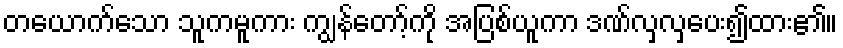
တယောက်သော သူကမူကား ကျွန်တော့်ကို အပြစ်ယူကာ ဒဏ်လှလှပေး၍ထား၏။